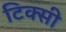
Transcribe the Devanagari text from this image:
टिक्सी